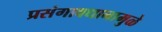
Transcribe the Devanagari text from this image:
प्रसंगावधानामुळे